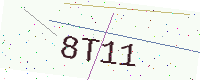
Text: 8T11